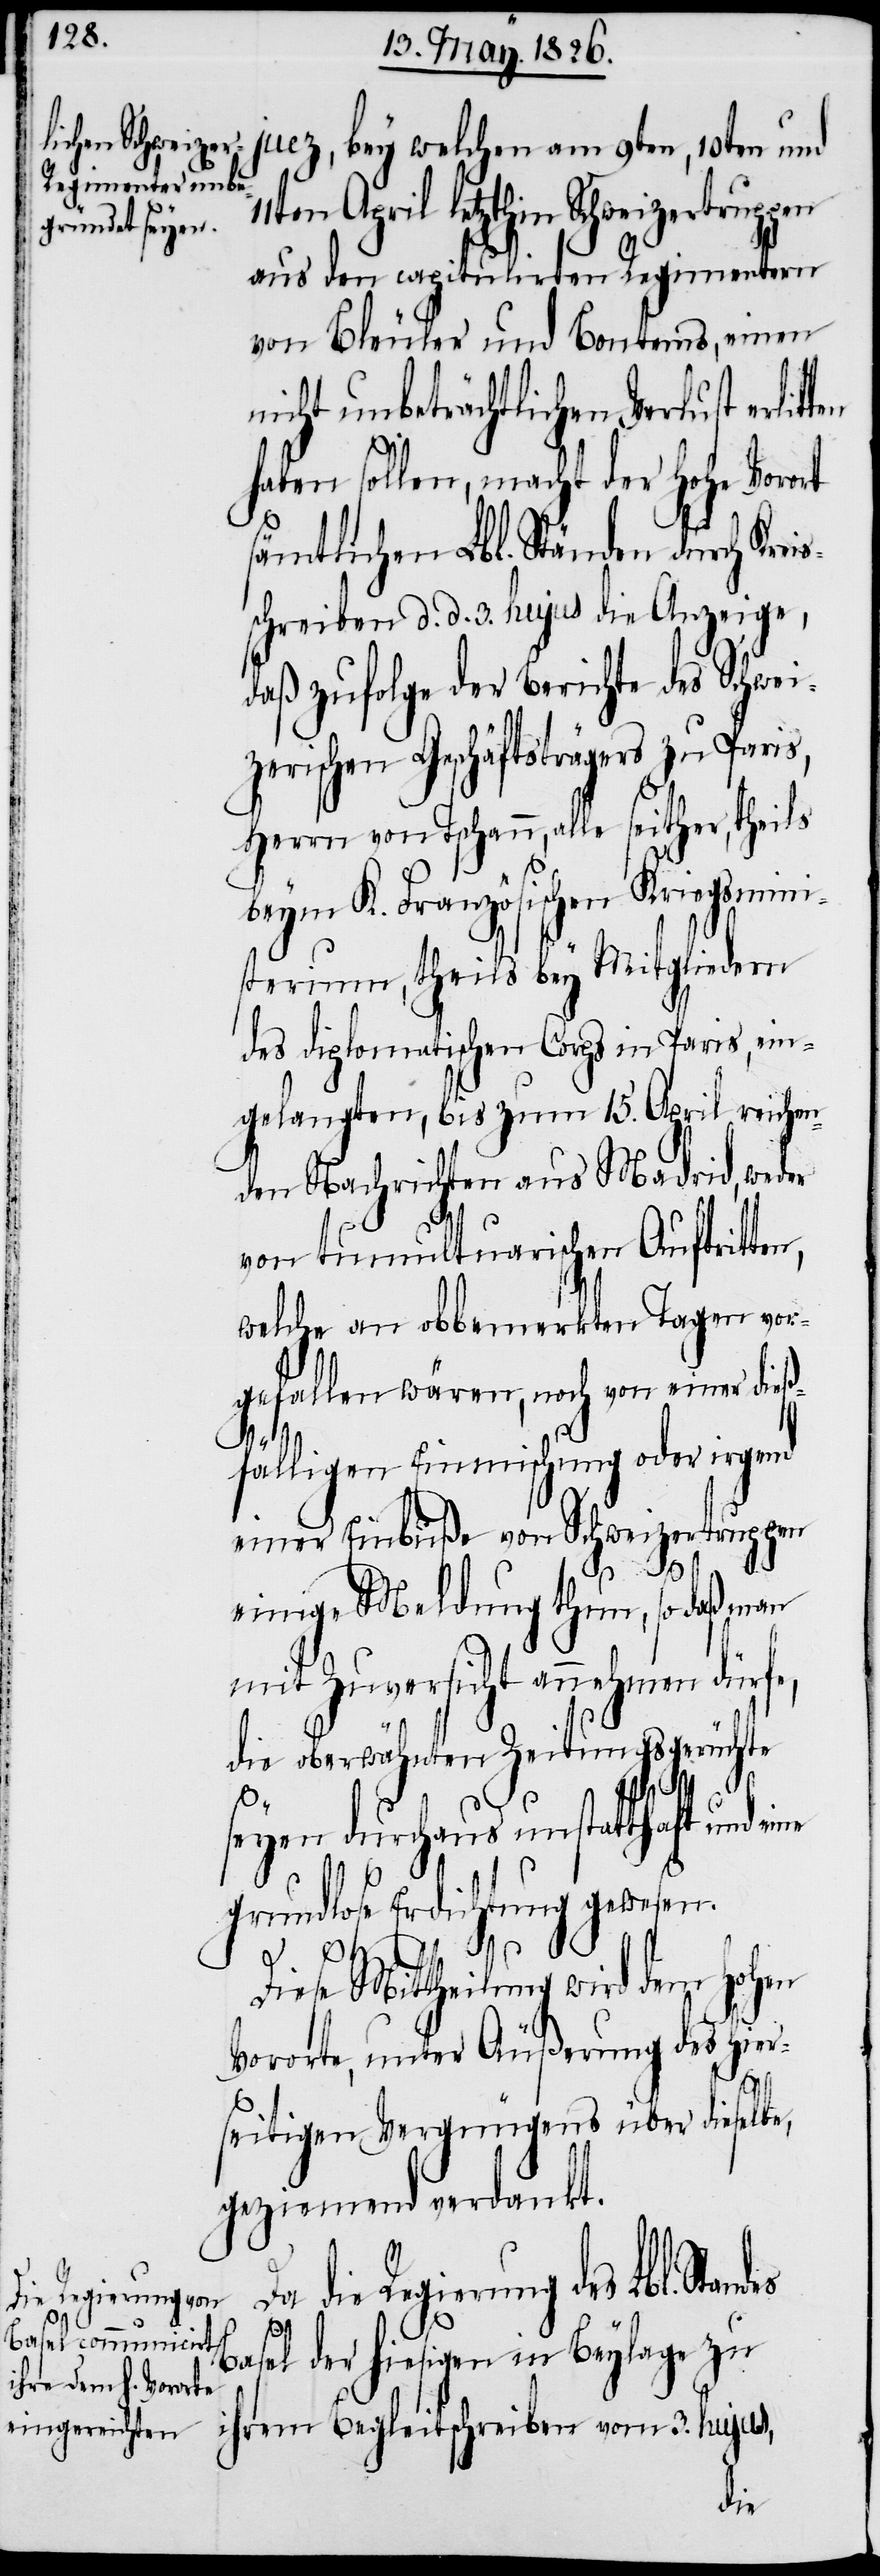
juez, bey welchen am 9ten, 10ten und
11ten April letzthin Schweizertruppen
aus den capitulirten Regimentern
von Bleuler und Bontems, einen
nicht unbeträchtlichen Verlust erlit¬
haben sollen, macht der hohe Vorort
sämtlichen Lbl. Ständen durch Kre¬
schreiben d. d. 3. hujus die Anzeige,
daß zufolge der Berichte des Schwei¬
zerischen Geschäftsträgers zu Paris,
Herrn von Tschann, alle seither, theils
beym K. Französischen Kriegsmini¬
sterium, theils bey Mitgliedern
des diplomatischen Corps in Paris, ein¬
gelangten, bis zum 15. April reichen¬
den Nachrichten aus Madrid, weder
von tumultuarischen Auftritten,
welche am obbemerkten Tagen vor¬
gefallen wären, noch von einer dieß¬
is¬
fälligen Einmischung oder irgend
einer Einbuße von Schweizertruppen
ten
einige Meldung thun, so daß man
mit Zuversicht annehmen dürfe,
die oberwähnten Zeitungsgerüchte
Da
seyen durchaus unstatthaft und eine
grundlose Erdichtung gewesen.
Diese Mittheilung wird dem hohen
Vorort, unter Äußerung des hier¬
seitigen Vergnügens über dieselbe,
geziemend verdankt.
Regierung des Lbl. Sta¬
ndes
Basel der hiesigen in Beylage zu
ihrem Begleitschreiben vom 3. hujus,
die